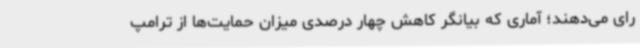
رای می‌دهند؛ آماری که بیانگر کاهش چهار درصدی میزان حمایت‌ها از ترامپ